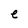
Character: e